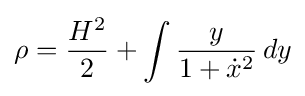
\rho ={\frac {H^{2}}{2}}+\int {\frac {y}{1+{\dot {x}}^{2}}}\,dy